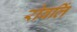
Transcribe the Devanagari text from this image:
रोवलिं